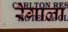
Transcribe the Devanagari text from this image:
रेगाला